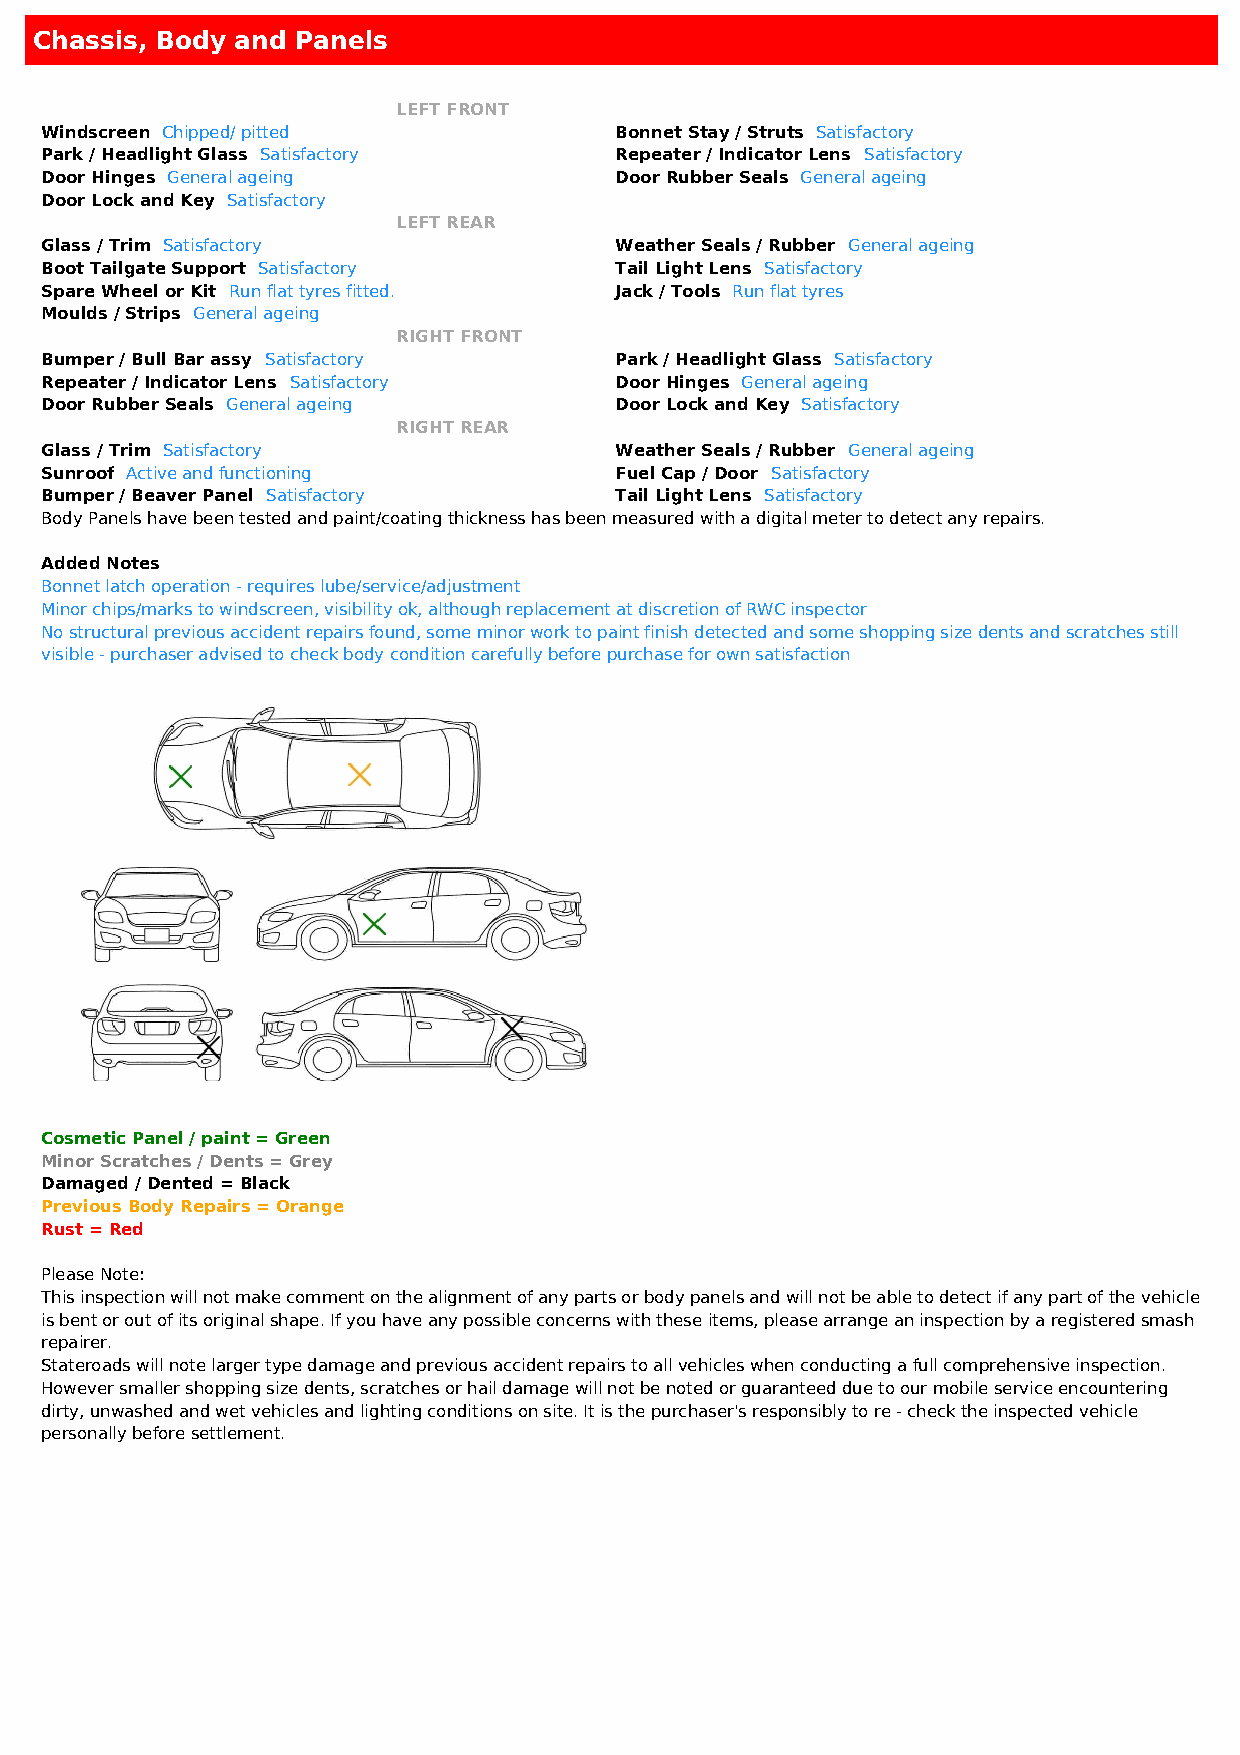
Chassis, Body and Panels
 LEFT FRONT
 Windscreen Chipped/ pitted            Bonnet Stay / Struts Satisfactory
 Park / Headlight Glass Satisfactory   Repeater / Indicator Lens Satisfactory
 Door Hinges General ageing            Door Rubber Seals General ageing
 Door Lock and Key Satisfactory
 LEFT REAR
 Glass / Trim Satisfactory             Weather Seals / Rubber General ageing
 Boot Tailgate Support Satisfactory    Tail Light Lens Satisfactory
 Spare Wheel or Kit Run flat tyres fitted. Jack / Tools Run flat tyres
 Moulds / Strips General ageing
 RIGHT FRONT
 Bumper / Bull Bar assy Satisfactory   Park / Headlight Glass Satisfactory
 Repeater / Indicator Lens Satisfactory Door Hinges General ageing
 Door Rubber Seals General ageing      Door Lock and Key Satisfactory
 RIGHT REAR
 Glass / Trim Satisfactory             Weather Seals / Rubber General ageing
 Sunroof Active and functioning        Fuel Cap / Door Satisfactory
 Bumper / Beaver Panel Satisfactory    Tail Light Lens Satisfactory
 Body Panels have been tested and paint/coating thickness has been measured with a digital meter to detect any repairs.
 Added Notes
 Bonnet latch operation - requires lube/service/adjustment
 Minor chips/marks to windscreen, visibility ok, although replacement at discretion of RWC inspector
 No structural previous accident repairs found, some minor work to paint finish detected and some shopping size dents and scratches still
 visible - purchaser advised to check body condition carefully before purchase for own satisfaction
 Cosmetic Panel / paint = Green
 Minor Scratches / Dents = Grey
 Damaged / Dented = Black
 Previous Body Repairs = Orange
 Rust = Red
 Please Note:
 This inspection will not make comment on the alignment of any parts or body panels and will not be able to detect if any part of the vehicle
 is bent or out of its original shape. If you have any possible concerns with these items, please arrange an inspection by a registered smash
 repairer.
 Stateroads will note larger type damage and previous accident repairs to all vehicles when conducting a full comprehensive inspection.
 However smaller shopping size dents, scratches or hail damage will not be noted or guaranteed due to our mobile service encountering
 dirty, unwashed and wet vehicles and lighting conditions on site. It is the purchaser's responsibly to re - check the inspected vehicle
 personally before settlement.